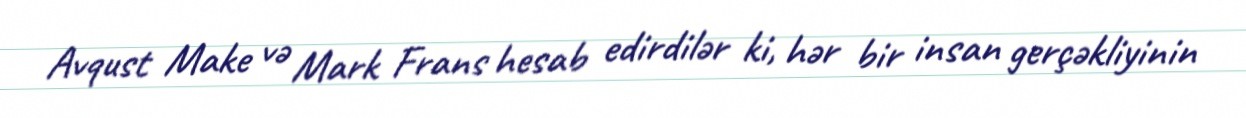
Avqust Make və Mark Frans hesab edirdilər ki, hər bir insan gerçəkliyinin